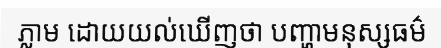
ភ្លាម ដោយយល់ឃើញថា បញ្ហាមនុស្សធម៌